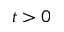
t > 0